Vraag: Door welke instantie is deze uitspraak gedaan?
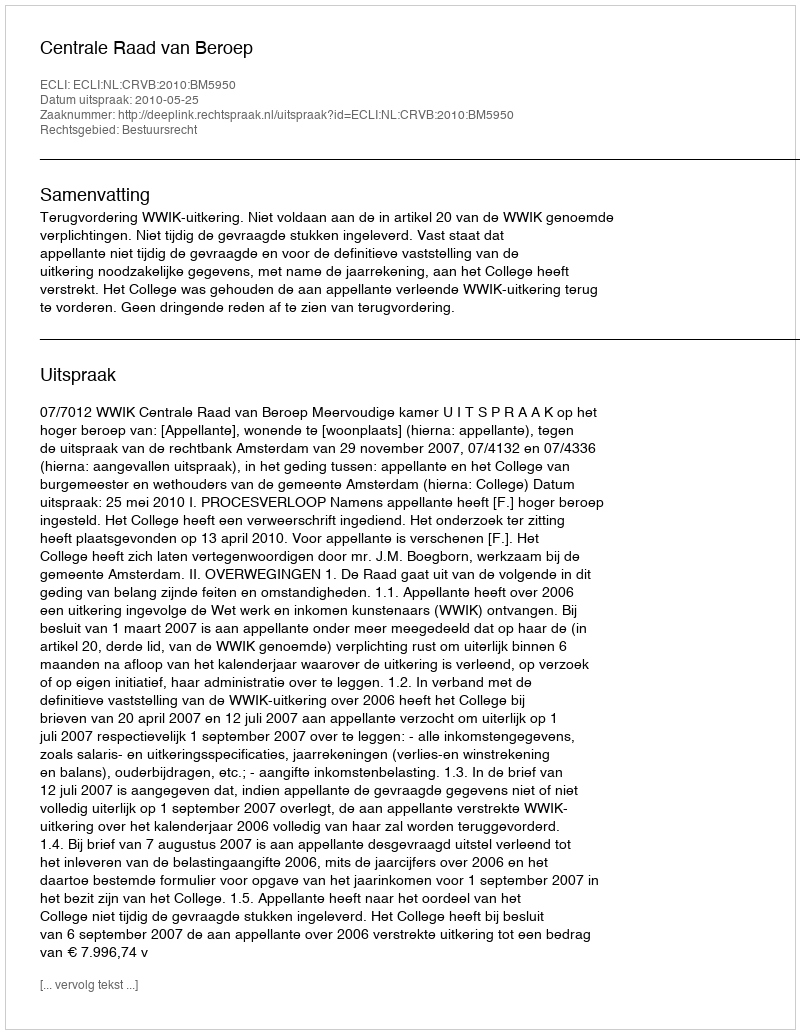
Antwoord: Centrale Raad van Beroep